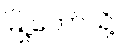
မြို့တော်သို့